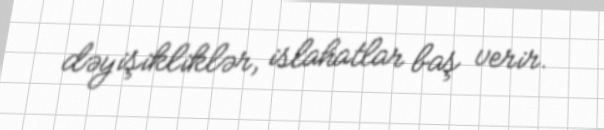
dəyişikliklər, islahatlar baş verir.